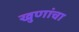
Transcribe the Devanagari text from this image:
खुणांचा